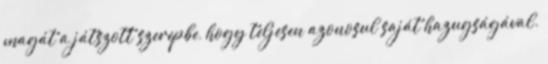
magát a játszott szerepbe, hogy teljesen azonosul saját hazugságával.